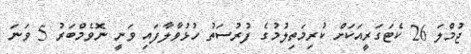
ޖުމްލަ 26 ކެޓަގަރީއަކަށް ކުރިމަތިލުމުގެ ފުރުސަތު ހުޅުވާލާފައި ވަނީ ނޮވެމްބަރު 5 ވަނަ